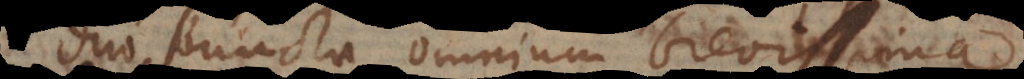
duo puncta, omnium brevissima.